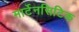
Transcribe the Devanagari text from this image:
मार्टेनसिटिक